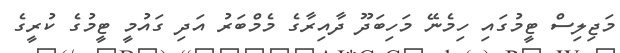
މަޖިލިސް ޓީމުގައި ހިމެނޭ މަހިބަދޫ ދާއިރާގެ މެމްބަރު އަދި ގައުމީ ޓީމުގެ ކުރީގެ